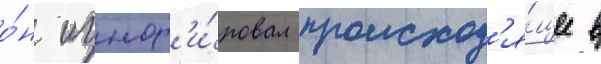
о́н игнор'и́ровал происход'я́щее в